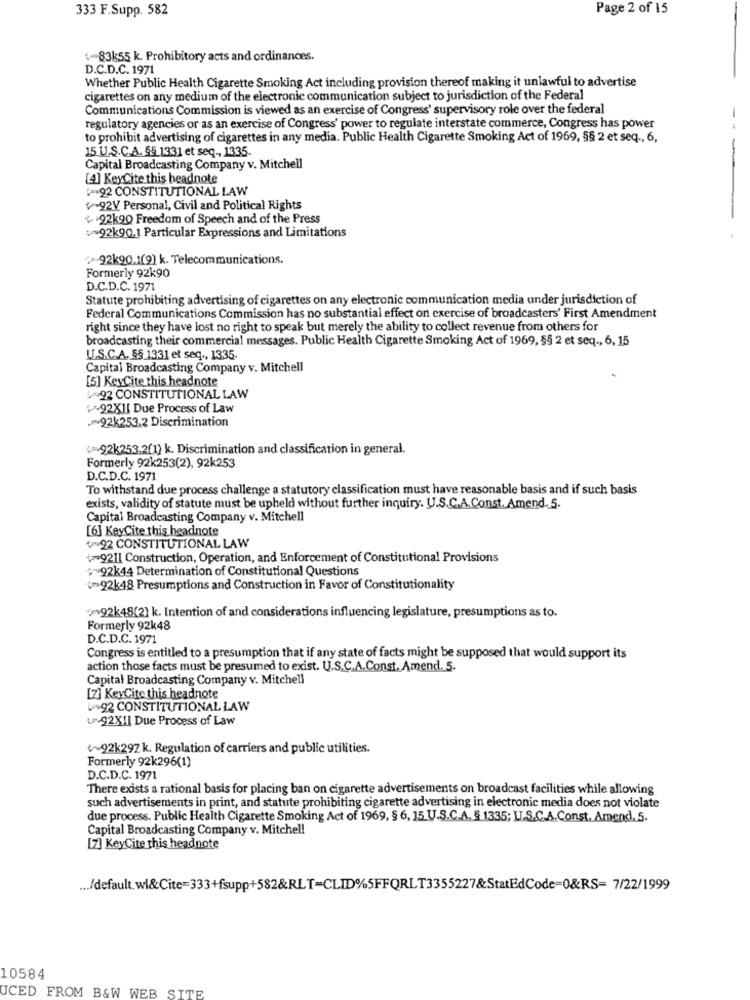
333 F.Supp. 582
Page 2 of 15
(83k55 k. Prohibitory acts and ordinances.
D.C.D.C. 1971
Whether Public Health Cigarette Smoking Act including provision thereof making it unlawful to advertise
cigarettes on any medium of the electronic communication subject to jurisdiction of the Federal
Communications Commission is viewed as an exercise of Congress' supervisory role over the federal
regulatory agencies or as an exercise of Congress' power to regulate interstate commerce, Congress has power
to prohibit advertising of cigarettes in any media. Public Health Cigarette Smoking Act of 1969, §§ 2 et seq ., 6,
15 U.S.C.A. 65 1331 et seq ., 1335
Capital Broadcasting Company v. Mitchell
[4] KeyCite this headnote
92 CONSTITUTIONAL LAW
৳92V Personal, Civil and Political Rights
+ 92k90 Freedom of Speech and of the Press
92k90.1 Particular Expressions and Limitations
92k90.1[9] k. Telecommunications.
Formerly 92k90
D.C.D.C. 1971
Statute prohibiting advertising of cigarettes on any electronic communication media under jurisdiction of
Federal Communications Commission has no substantial effect on exercise of broadcasters' First Amendment
right since they have lost no right to speak but merely the ability to collect revenue from others for
broadcasting their commercial messages. Public Health Cigarette Smoking Act of 1969, §§ 2 et seq ., 6, 15
U.S.C.A. §§ 1331 et seq ., 1335-
Capital Broadcasting Company v. Mitchell
[5] KeyCite this headnote
492 CONSTITUTIONAL LAW
92X11 Due Process of Law
~92k253.2 Discrimination
<92k253.2(1) k. Discrimination and classification in general.
Formerly 92k253(2), 92k253
D.C.D.C. 1971
To withstand due process challenge a statutory classification must have reasonable basis and if such basis
exists, validity of statute must be upheld without further inquiry. U.S.C.A. Const. Amend. 5.
Capital Broadcasting Company v. Mitchell
[6] KeyCite this headnote
22 CONSTITUTIONAL LAW
+9211 Construction, Operation, and Enforcement of Constitutional Provisions
92k44 Determination of Constitutional Questions
92k48 Presumptions and Construction in Favor of Constitutionality
*** 92k48(2) k. Intention of and considerations influencing legislature, presumptions as to.
Formerly 92k48
D.C.D.C. 1971
Congress is entitled to a presumption that if any state of facts might be supposed that would support its
action those facts must be presumed to exist. U.S.C.A.Const. Amend. 5.
Capital Broadcasting Company v. Mitchell
[7] KeyCite this headnote
022 CONSTITUTIONAL LAW
92X1I Due Process of Law
~92k297 k. Regulation of carriers and public utilities.
Formerly 92k296(1)
D.C.D.C. 1971
There exists a rational basis for placing ban on cigarette advertisements on broadcast facilities while allowing
such advertisements in print, and statute prohibiting cigarette advertising in electronic media does not violate
due process. Public Health Cigarette Smoking Act of 1969, § 6, 15 U.S.C.A. § 1335; U.S.C.A.Const. Amend. 5.
Capital Broadcasting Company v. Mitchel!
[7] KeyCite this headnote
... /default. wl&Cite=333+fsupp+582&RLT=CLID%5FFQRLT3355227&StatEdCode=0&RS= 7/22/1999
10584
UCED FROM B&W WEB SITE